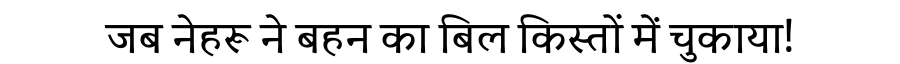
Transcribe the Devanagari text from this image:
जब नेहरू ने बहन का बिल किस्तों में चुकाया!